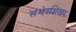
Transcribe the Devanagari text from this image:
संभेदशिखर